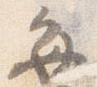
毎